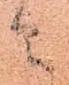
ニ